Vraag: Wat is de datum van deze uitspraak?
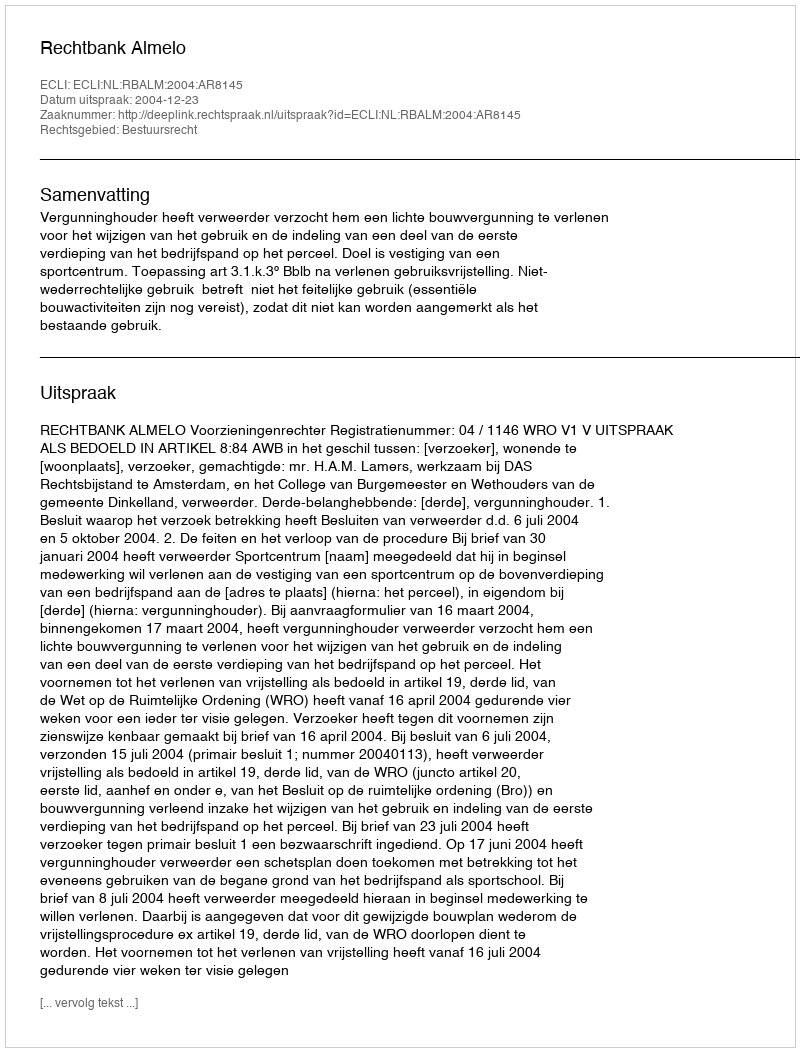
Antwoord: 2004-12-23